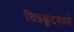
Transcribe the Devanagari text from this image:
चित्रकूटमध्ये